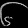
Digit: ၆